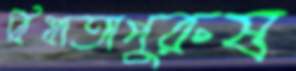
বিধাতাপুরুষ